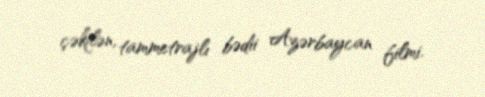
çəkilən, tammetrajlı bədii Azərbaycan filmi.